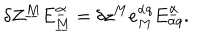
\delta Z ^ { \underline { { M } } } E _ { \underline { { M } } } ^ { \underline { { \alpha } } } = \delta z ^ { M } e _ { M } ^ { \alpha q } E _ { \alpha q } ^ { \underline { { \alpha } } } .